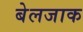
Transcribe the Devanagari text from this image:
बेलजाक